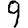
Digit: 9